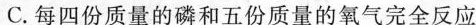
C.每四份质量的磷和五份质量的氧气完全反应